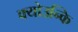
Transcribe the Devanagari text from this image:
क्योउन्कि